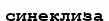
синеклиза